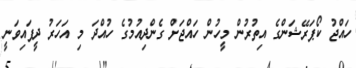
ހައްޖު ކޯޕަރޭޝަންގެ އިތުރުން މީހުން ހައްޖަށް ގެންދިއުމުގެ ހުއްދަ މި އަހަރު ދީފައިވަނީ